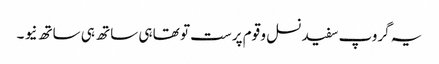
یہ گروپ سفید نسل و قوم پرست تو تھا ہی ساتھ ہی ساتھ نیو ۔